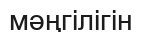
мәңгілігін